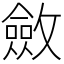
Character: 斂